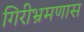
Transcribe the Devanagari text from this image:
गिरीभ्रमणास